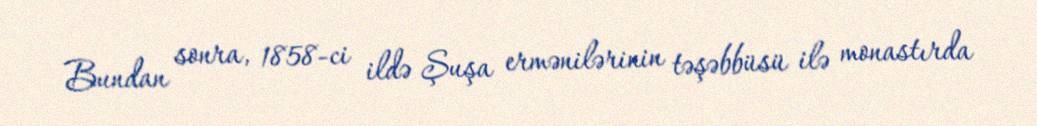
Bundan sonra, 1858-ci ildə Şuşa ermənilərinin təşəbbüsü ilə monastırda